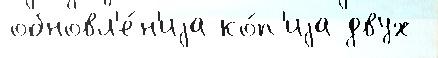
обновл'е́н'иjа ко́п'иjа двух